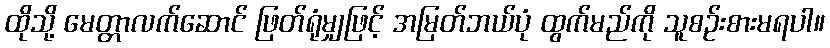
ထိုသို့ မေတ္တာလက်ဆောင် ဖြတ်ရုံမျှဖြင့် အမြတ်ဘယ်ပုံ ထွက်မည်ကို သူစဉ်းစားမရပါ။